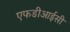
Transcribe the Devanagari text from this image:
एफडीआईसी